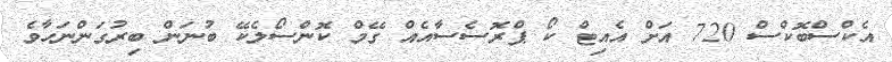
އެކްސްބޮކްސް 720 އަށް އެއިޓް ކޯ ޕްރޮސެސާއެއް ގޭމް ކޮންސޯލެކޭ ބުނަން ބިރުގަންނަހާވެ